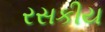
રસકીય